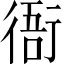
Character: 衙